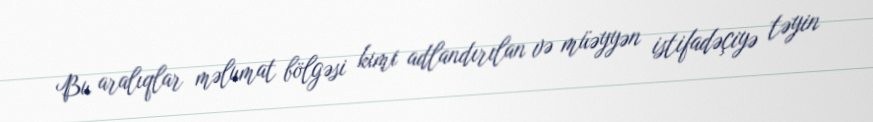
Bu aralıqlar məlumat bölgəsi kimi adlandırılan və müəyyən istifadəçiyə təyin